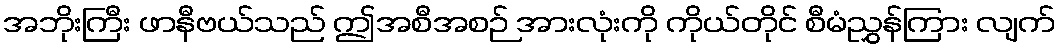
အဘိုးကြီး ဖာနီဗယ်သည် ဤအစီအစဉ် အားလုံးကို ကိုယ်တိုင် စီမံညွှန်ကြား လျက်